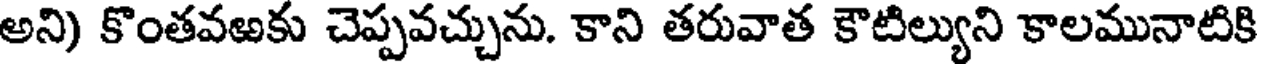
అని) కొంతవఱకు చెప్పవచ్చును. కాని తరువాత కౌటిల్యుని కాలమునాటికి